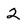
Character: 2